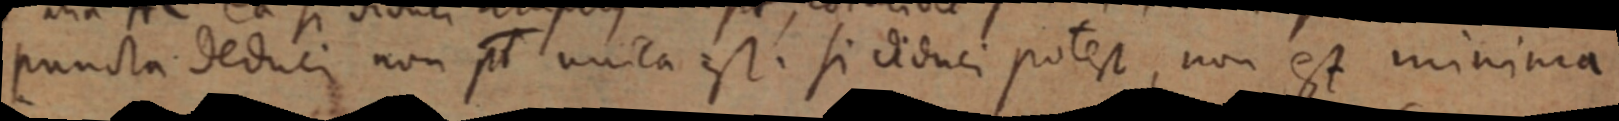
puncta deduci non pl unica est. si diduci potest, non est minima